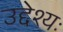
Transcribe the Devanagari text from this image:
उद्देश्यः